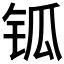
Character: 𨱃